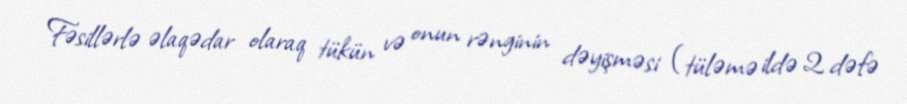
Fəsillərlə əlaqədar olaraq tükün və onun rənginin dəyişməsi (tüləmə ildə 2 dəfə